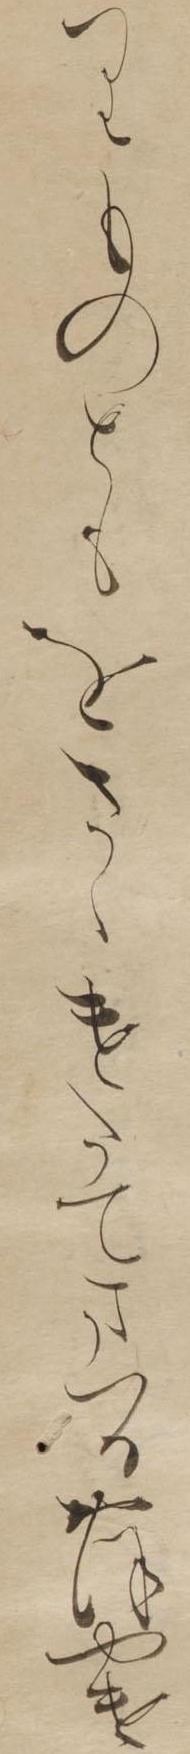
りものともをさゝけたてまつるおほやけ